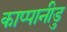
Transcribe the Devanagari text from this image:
काप्पानीडु